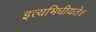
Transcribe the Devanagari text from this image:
इत्यभिधीयते॥